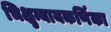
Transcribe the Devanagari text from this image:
भिक्षुन्यायकर्णिका